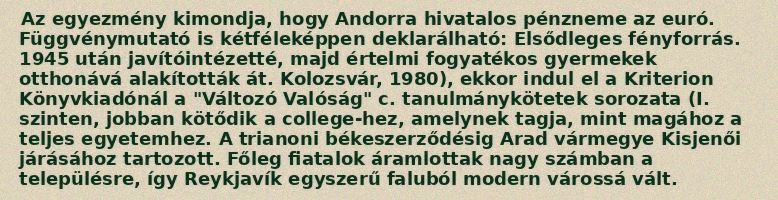
Az egyezmény kimondja, hogy Andorra hivatalos pénzneme az euró. Függvénymutató is kétféleképpen deklarálható: Elsődleges fényforrás. 1945 után javítóintézetté, majd értelmi fogyatékos gyermekek otthonává alakították át. Kolozsvár, 1980), ekkor indul el a Kriterion Könyvkiadónál a "Változó Valóság" c. tanulmánykötetek sorozata (I. szinten, jobban kötődik a college-hez, amelynek tagja, mint magához a teljes egyetemhez. A trianoni békeszerződésig Arad vármegye Kisjenői járásához tartozott. Főleg fiatalok áramlottak nagy számban a településre, így Reykjavík egyszerű faluból modern várossá vált.